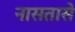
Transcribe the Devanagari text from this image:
नासतासे